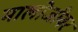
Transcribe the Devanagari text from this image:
मालोजीवर